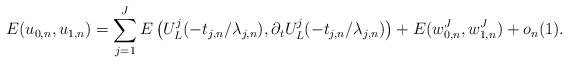
\begin{align*}E(u_{0,n}, u_{1,n}) = \sum_{j = 1}^J E \left ( U^j_L( -t_{j,n}/\lambda_{j,n} ), \partial_t U^j_L( -t_{j,n} / \lambda_{j,n} ) \right ) + E ( w_{0,n}^J, w_{1,n}^J ) + o_n(1). \end{align*}